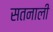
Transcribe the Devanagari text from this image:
सतनाली